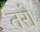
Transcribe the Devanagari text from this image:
तरो